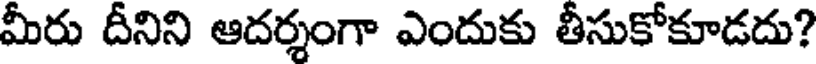
మీరు దీనిని ఆదర్శంగా ఎందుకు తీసుకోకూడదు?